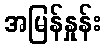
အမြန်နှုန်း